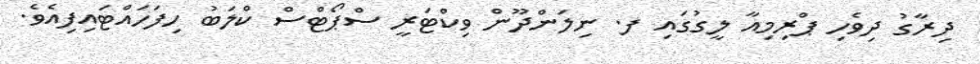
ދިރާގު ދިވެހި ޕްރިމިއާ ލީގުގައި ފ. ނިލަންދޫން ވިކްޓަރީ ސްޕޯޓްސް ކްލަބު ހިފަހައްޓައިފިއެވެ.